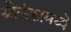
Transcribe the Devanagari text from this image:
श्रीलंकामध्ये